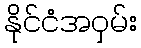
နိုင်ငံအဝှမ်း